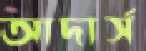
আদার্স